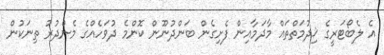
އެ ލެބޯޓަރީގެ ޚިދުމަތްތައް މާދަމާއިން ފެށިގެން ބަންދުނޫން ކޮންމެ ދުވަހެއްގެ މެންދުރު ތިނަކުން